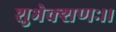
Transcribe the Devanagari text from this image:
शुभेक्शणः।।